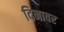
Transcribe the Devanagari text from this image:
दिनावर